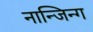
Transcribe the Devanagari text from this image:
नान्जिन्ग